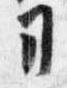
司